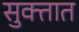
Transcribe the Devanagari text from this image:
सुक्तात